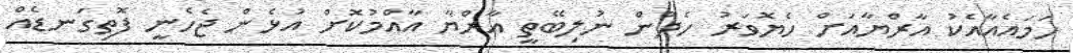
ހަމައެއާއެކު އާރްޔާއަށް ހެޔޮވަރު ހެދުން ނުލިބޭތީ އާރްޔާ އާއްމުކޮށް އުޅެން ޖެހެނީ ފޮތިގަނޑެއް